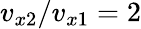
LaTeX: v_{x2}/v_{x1}=2